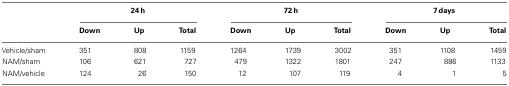
|  | <COLSPAN=3> 24 h | <COLSPAN=3> 72 h | <COLSPAN=3> 7 days |
 |  | Down | Up | Total | Down | Up | Total | Down | Up | Total |
 | --- | --- | --- | --- | --- | --- | --- | --- | --- | --- |
 | Vehicle/sham | 351 | 808 | 1159 | 1264 | 1739 | 3002 | 351 | 1108 | 1459 |
 | NAM/sham | 106 | 621 | 727 | 479 | 1322 | 1801 | 247 | 886 | 1133 |
 | NAM/vehicle | 124 | 26 | 150 | 12 | 107 | 119 | 4 | 1 | 5 |